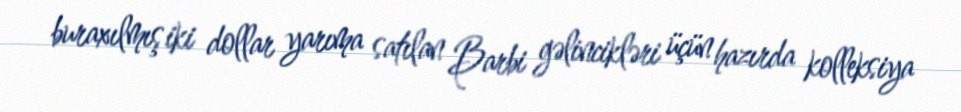
buraxılmış iki dollar yarıma satılan Barbi gəlincikləri üçün hazırda kolleksiya